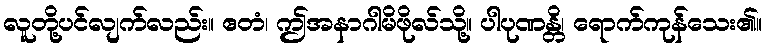
လူတို့ပင်လျက်လည်း။ ဧတံ၊ ဤအနာဂါမိဖိုလ်သို့။ ပါပုဏန္တိ၊ ရောက်ကုန်သေး၏။